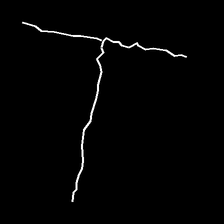
Glyph: column